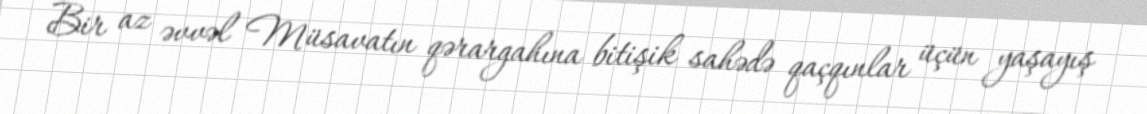
Bir az əvvəl Müsavatın qərargahına bitişik sahədə qaçqınlar üçün yaşayış